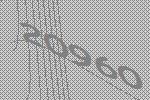
20960